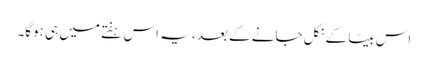
اس بیٹا کے نکل جانے کے بعد ، یہ اس ہفتے میں ہی ہوگا۔